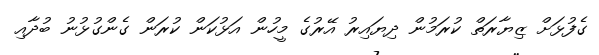
ގެފުޅަށް ޒިޔާރަތް ކުރަމުން ދިޔައިރު އޭރުގެ މީހުން އަޅުކަން ކުރަން ގެންގުޅުނު ބުދާއި